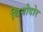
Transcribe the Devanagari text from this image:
थियोदोर